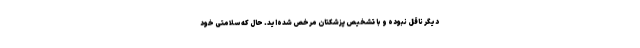
دیگر ناقل نبوده و با تشخیص پزشکتان مرخص شده‌اید. حال که سلامتی خود